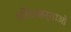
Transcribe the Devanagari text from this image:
शोंधकर्ताओं